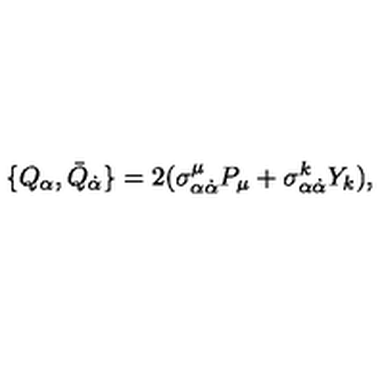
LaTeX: \{ Q _ { \alpha } , \bar { Q } _ { \dot { \alpha } } \} = 2 ( \sigma _ { \alpha \dot { \alpha } } ^ { \mu } P _ { \mu } + \sigma _ { \alpha \dot { \alpha } } ^ { k } Y _ { k } ) ,